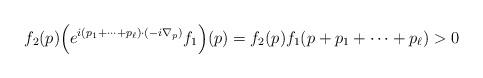
LaTeX: \begin{align*}f_2(p) \Big(e^{i (p_1+\cdots+p_{\ell})\cdot (-i \nabla_p)}f_1\Big)(p)=f_2(p)f_1(p+p_1+\cdots+p_{\ell})>0\end{align*}